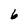
Character: 6